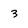
Character: 3